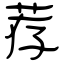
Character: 荐